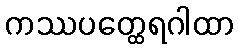
ကဿပတ္ထေရဂါထာ